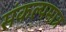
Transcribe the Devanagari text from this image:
संकल्पमात्र